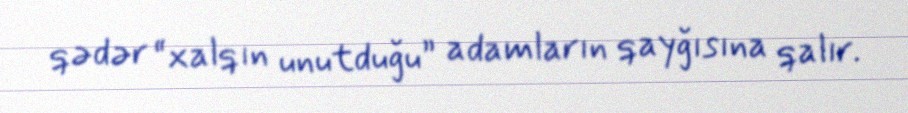
qədər “xalqın unutduğu” adamların qayğısına qalır.